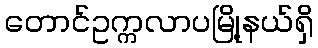
တောင်ဥက္ကလာပမြို့နယ်ရှိ